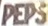
PEPS